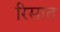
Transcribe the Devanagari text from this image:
रिसात